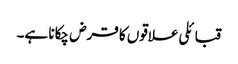
قبائلی علاقوں کا قرض چکانا ہے۔